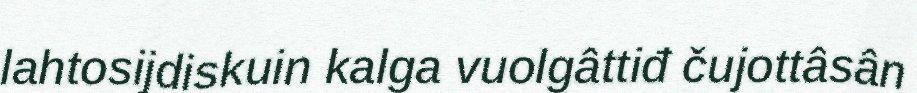
lahtosijdiskuin kalga vuolgâttiđ čujottâsân